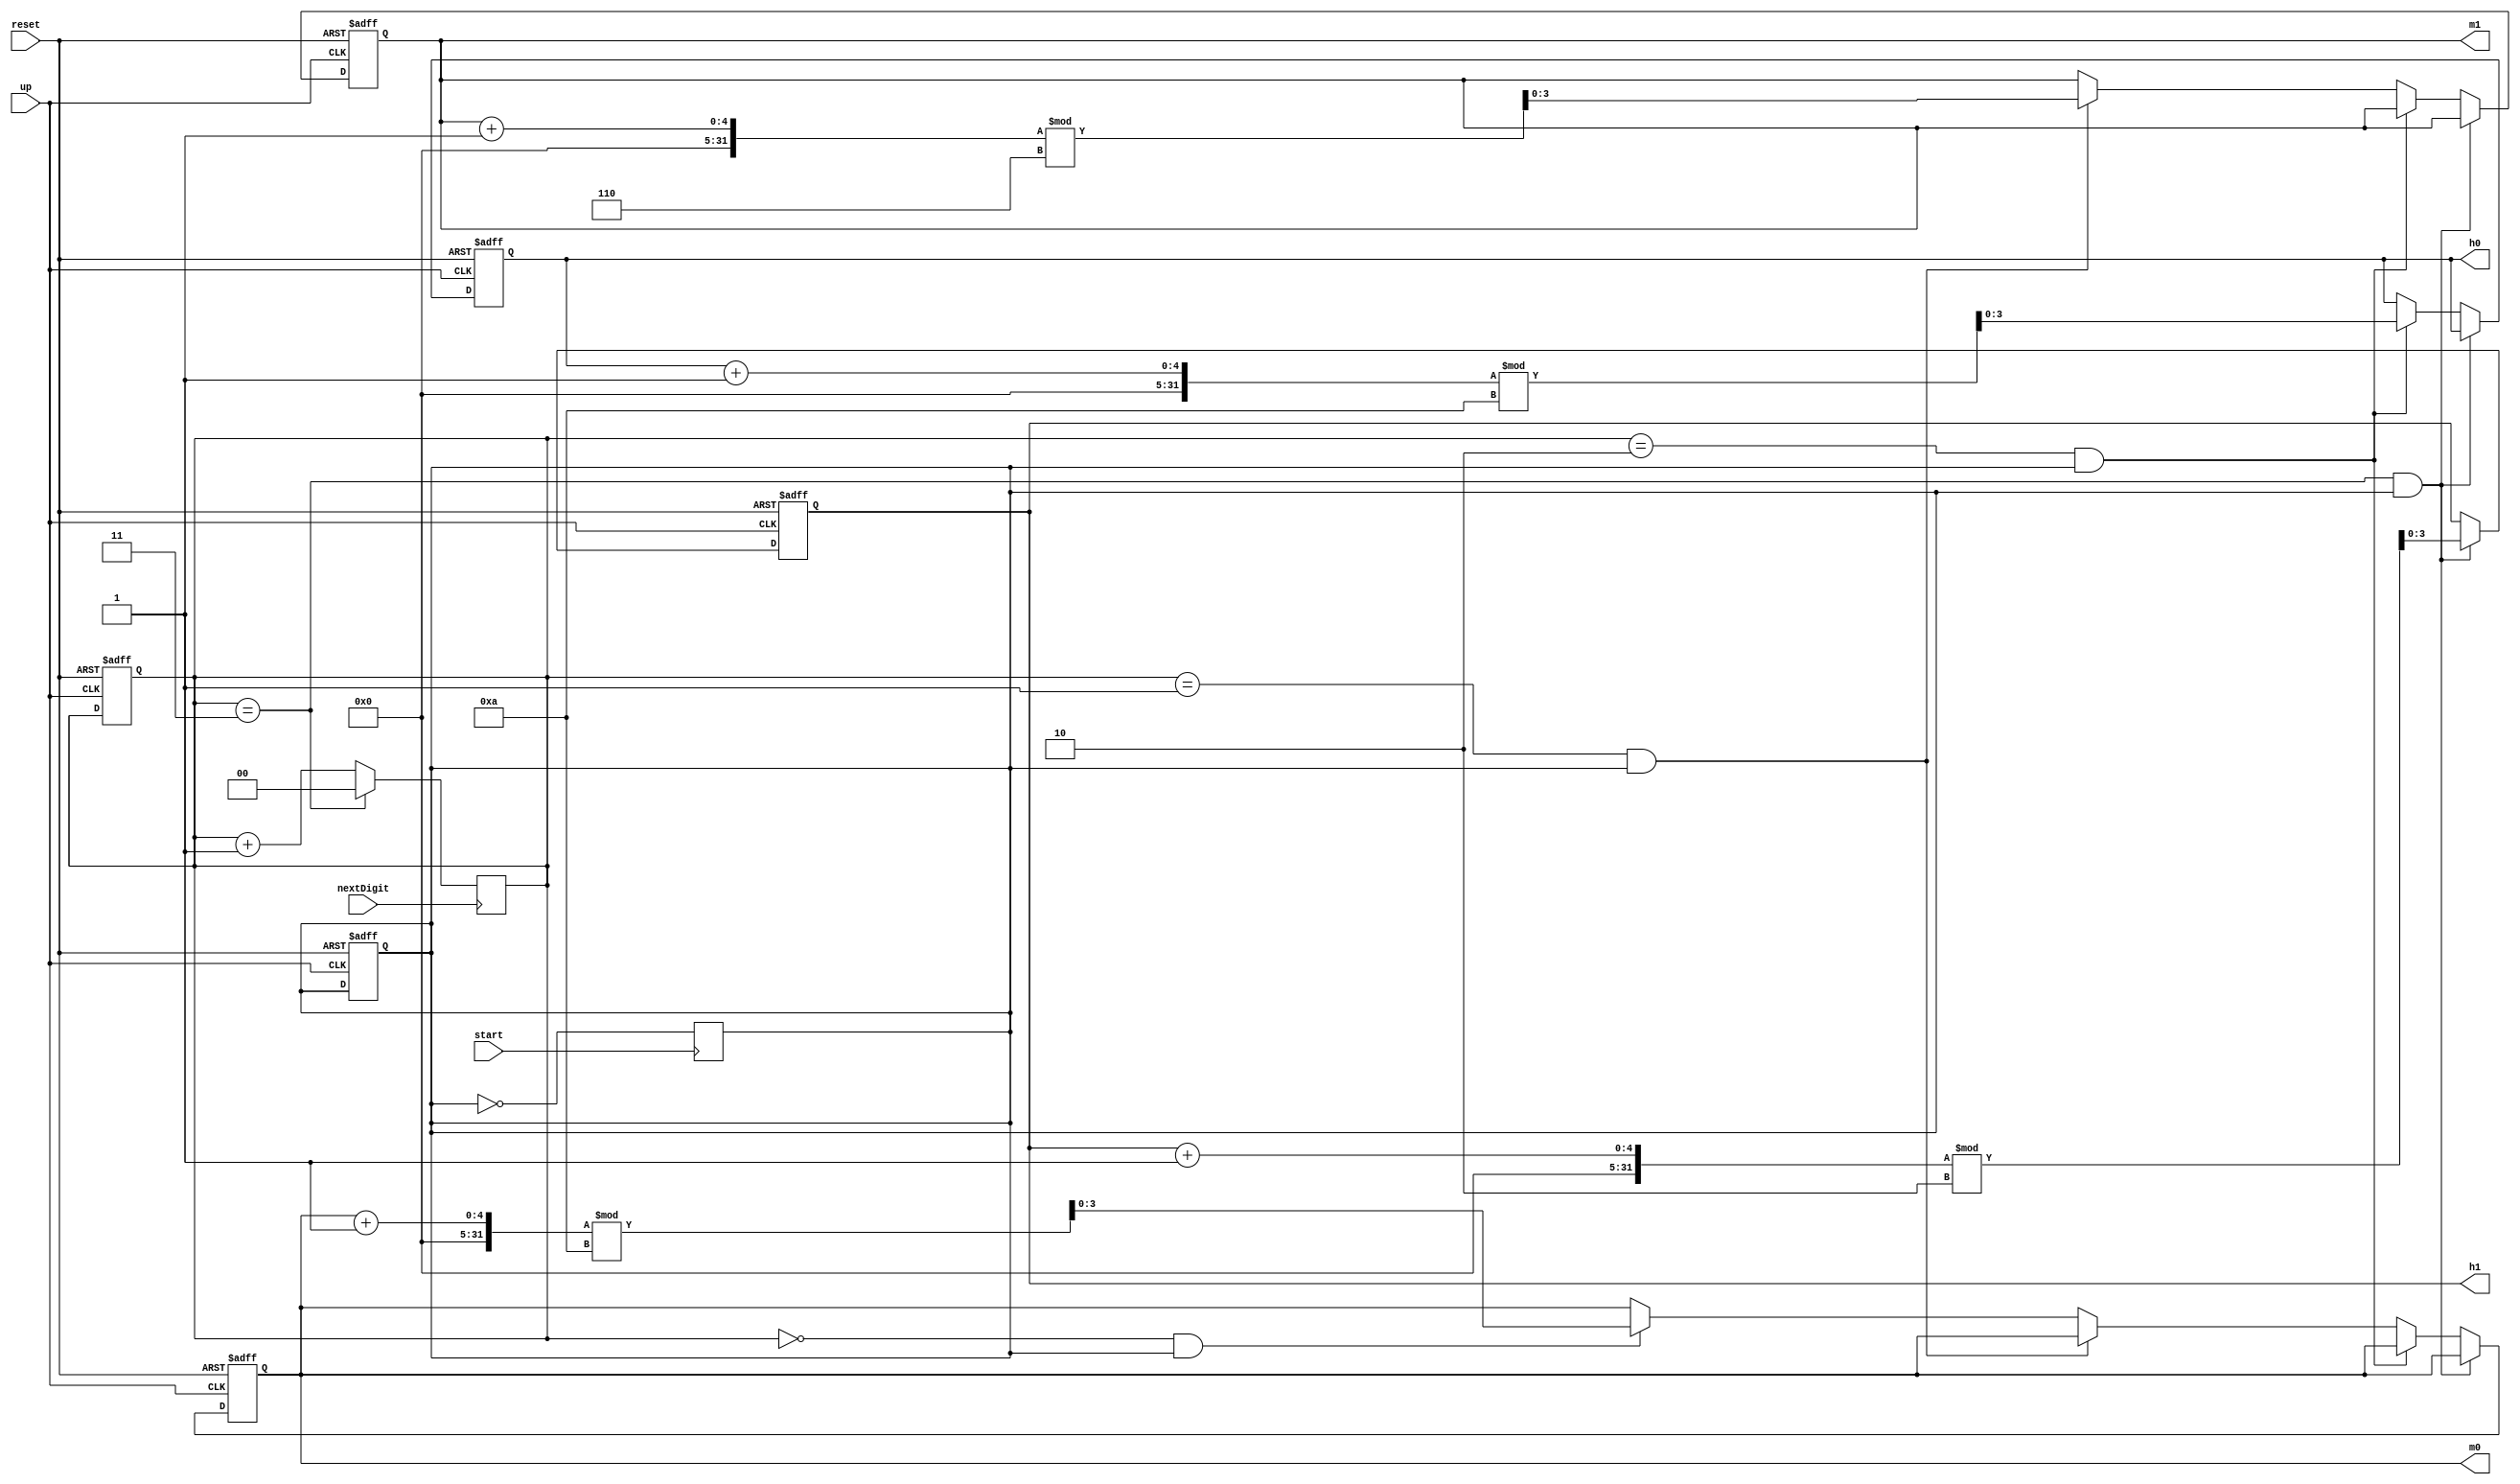
module SetTime (
  output[3:0] h1, h0, m1, m0,
  input start, reset, nextDigit, up
);

reg h1, h0, m1, m0;
//wire current, next;
reg[1:0] currNum;
reg changeTime;

always @(posedge up or posedge reset)
begin
  begin
    if  (reset == 1)
    begin
      currNum <= 0;
      changeTime <= 0;
      h1 <= 0;
      h0 <= 0;
      m1 <= 0;
      m0 <= 0;
    end
    else if  (currNum == 3 && changeTime==1)
      h1 <= (h1 + 1)%2; //TODO should change this depending on time mode
    else if  (currNum == 2&& changeTime==1)
      h0 <= (h0 + 1)%10; //can use 10 modulous instead of 12 because there is not cout
    else if  (currNum == 1&& changeTime==1)
      m1 <= (m1 + 1)%6;
    else if  (currNum == 0&& changeTime==1)
      m0 <= (m0 + 1)%10;
  end
end

always @(posedge nextDigit)
begin
  begin
    if  (currNum == 3)
      currNum <= 0;
    else
      currNum <= currNum + 1;
  end
end

//odd number of start will changeTime,
//even number of start will not
always @(posedge start)
begin
  changeTime <= ~changeTime;
end

endmodule